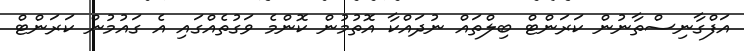
އަފްގާނިސްތާނުން ކަރަންޓް ބިލްތައް ނުދައްކާ އޮތުމުން ކޮންމެ ވަގުތެއްގައި އެ ގައުމުން ކަރަންޓް